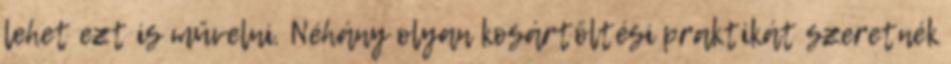
lehet ezt is művelni. Néhány olyan kosártöltési praktikát szeretnék